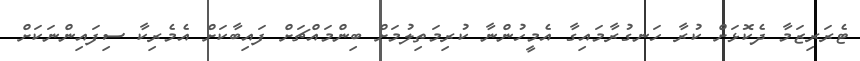
ޓެރަރިޒަމާ ދެކޮޅަށް ކުރާ ހަނގުރާމައިގާ އެމީހުންނާ ކުރިމަތިލުމަށް ބިންމައްޗަށް ފައިބާކަށް އެމެރިކާ ސިފައިންނަކަށް